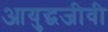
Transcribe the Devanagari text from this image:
आयुद्धजीवी